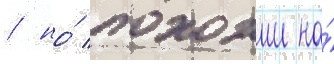
/ но́ похожии на́